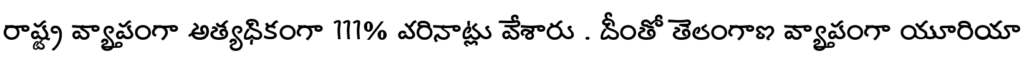
రాష్ట్ర వ్యాప్తంగా అత్యధికంగా 111% వరినాట్లు వేశారు . దీంతో తెలంగాణ వ్యాప్తంగా యూరియా